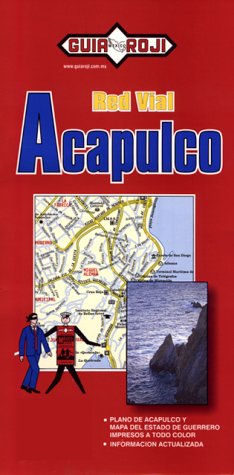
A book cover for Acapulco Map (Spanish Edition) Guia Roji (English and Spanish Edition); Guia Roji; Travel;